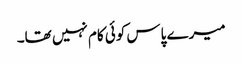
میرے پاس کوئی کام نہیں تھا۔